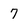
Character: 7